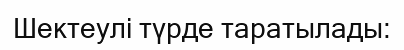
Шектеулі түрде таратылады: